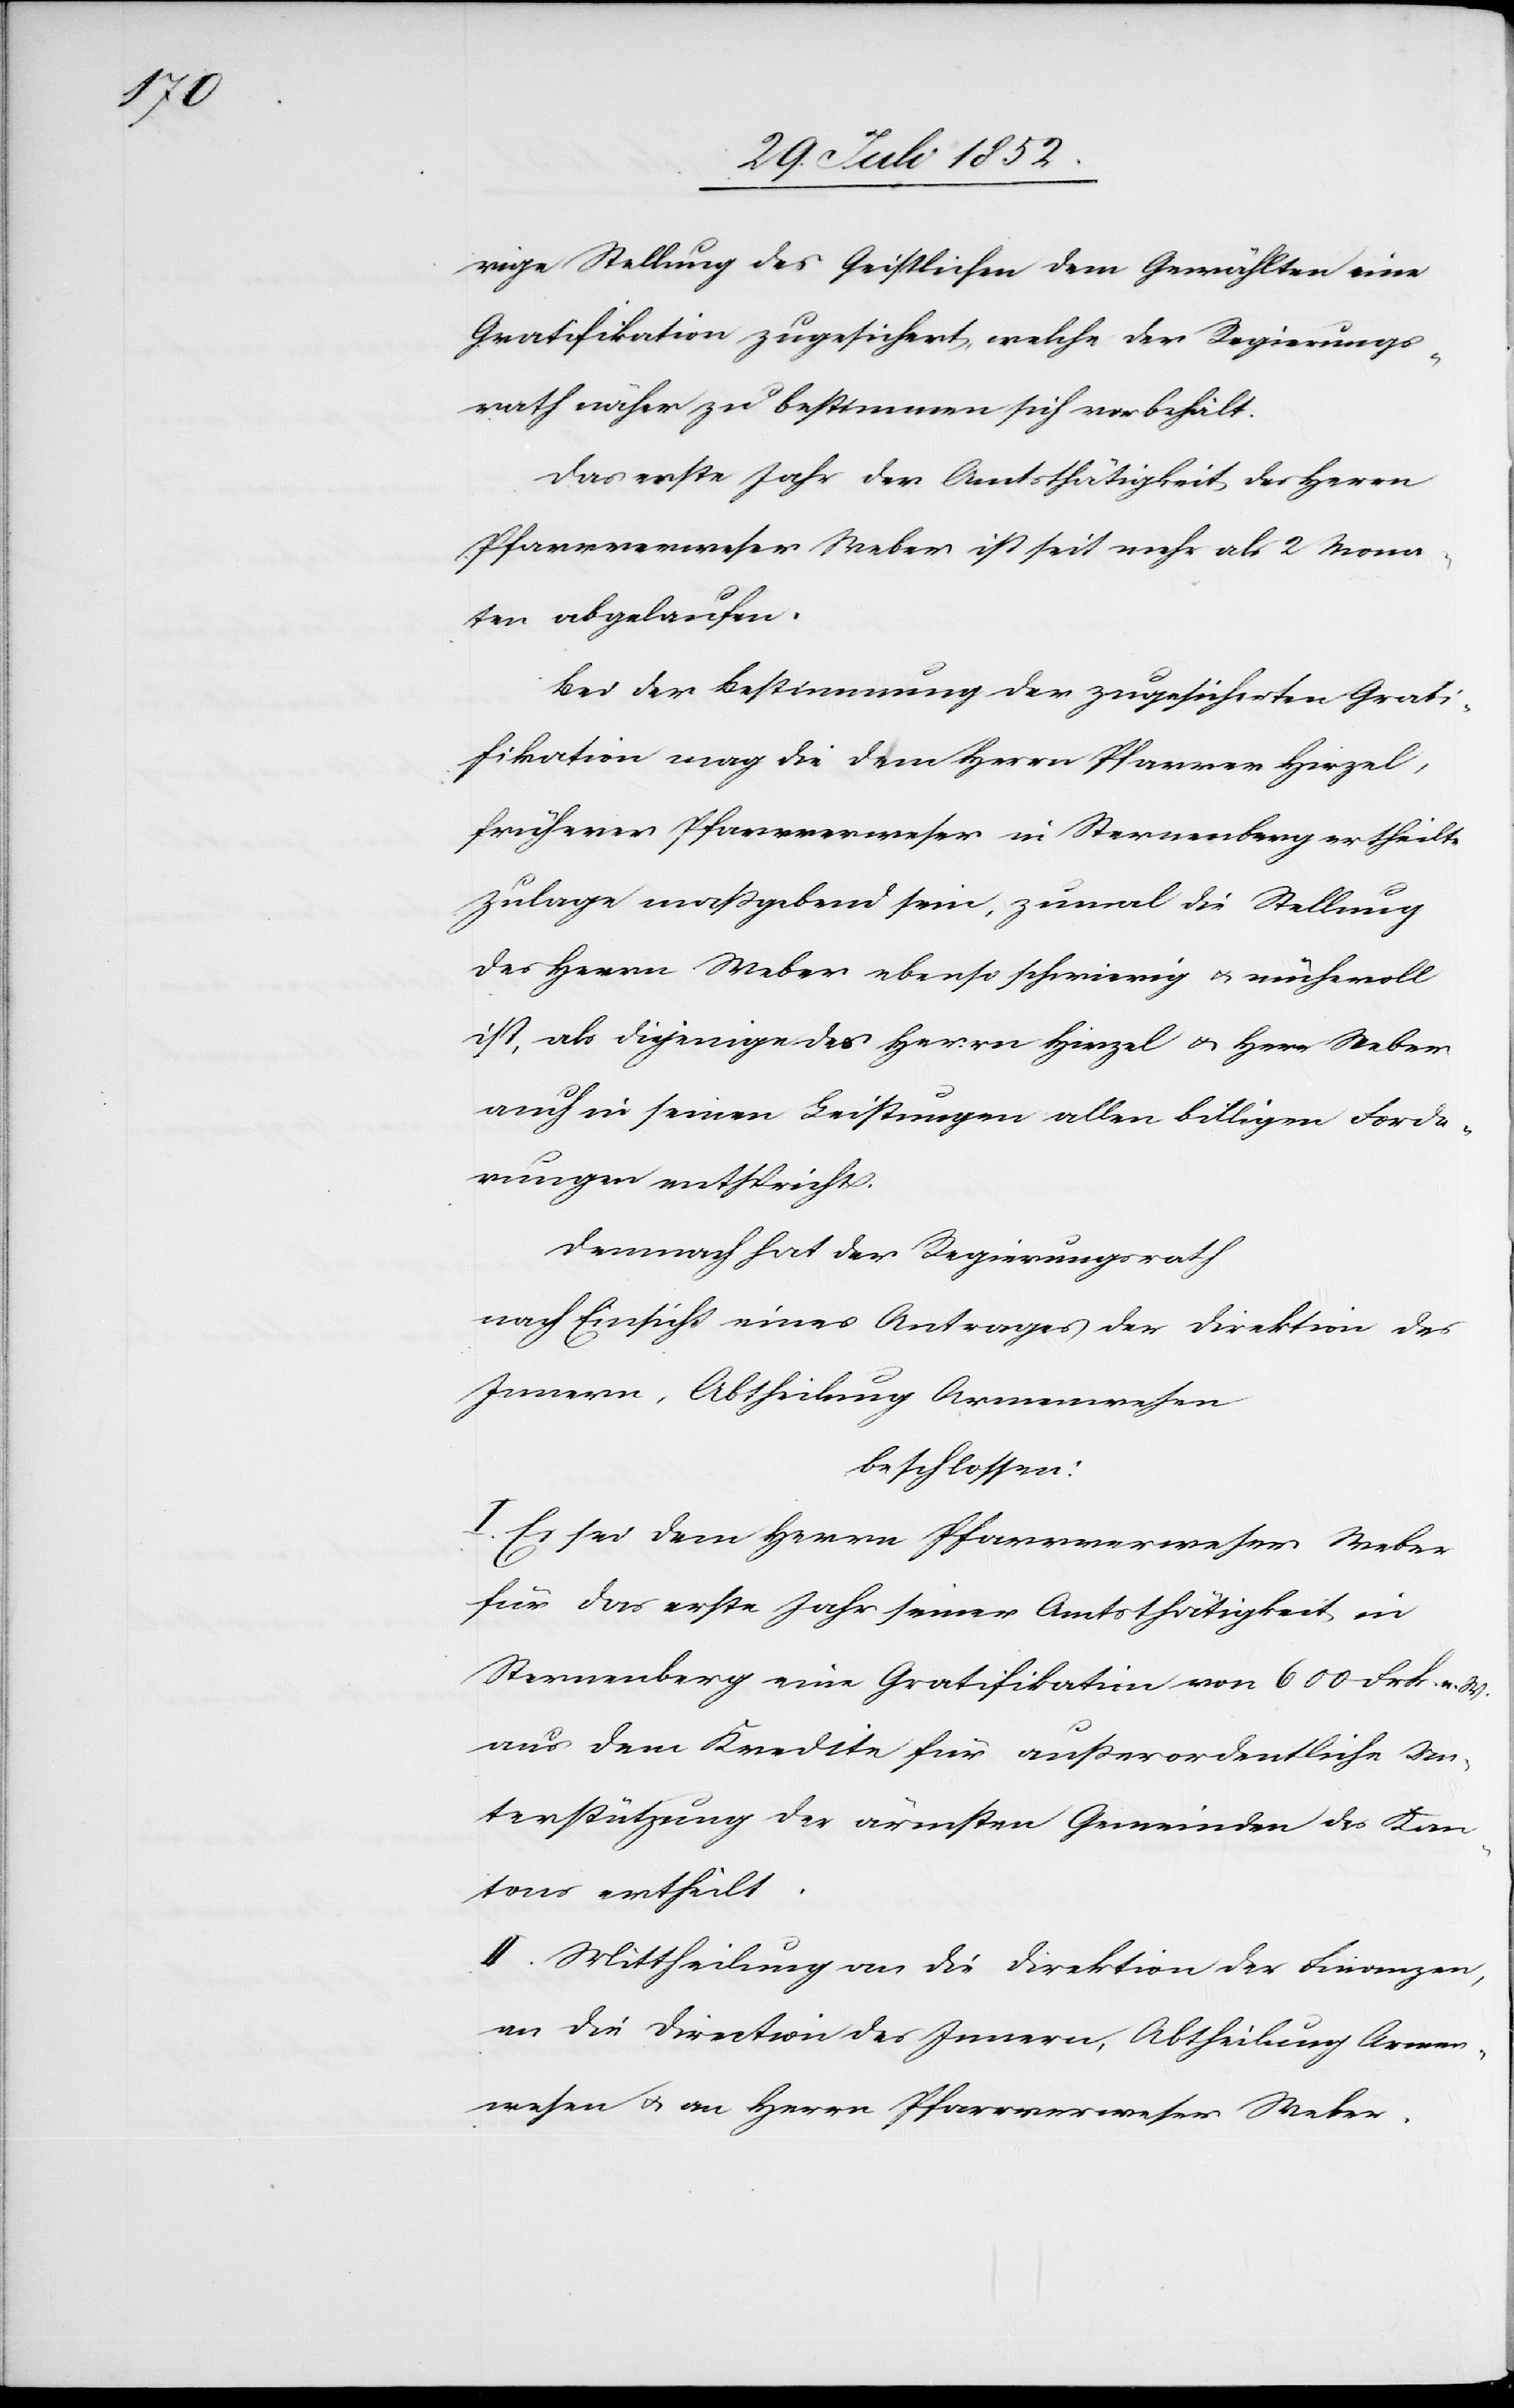
rige Stellung des Geistlichen dem Gewählten eine
Gratifikation zugesichert, welche der Regierungs¬
rath näher zu bestimmen sich vorbehält.
Das erste Jahr der Amtsthätigkeit des Herrn
Pfarrverweser Weber ist seit mehr als 2 Mona¬
ten abgelaufen.
Bei der Bestimmung der zugesicherten Grati¬
fikation mag die dem Herrn Pfarrer Hirzel,
früherer Pfarrverweser in Sternenberg ertheilte
Zulage maßgebend sein, zumal die Stellung
des Herrn Weber ebenso schwierig & mühevoll
ist, als diejenige des Herrn Hirzel & Herr Weber
auch in seinen Leistungen allen billigen Forde¬
rungen entspricht.
Demnach hat der Regierungsrath
nach Einsicht eines Antrages der Direktion des
Innern, Abtheilung Armenwesen
beschlossen:
I. Es sei dem Herrn Pfarrverweser Weber
für das erste Jahr seiner Amtsthätigkeit in
Sternenberg eine Gratifikation von 600 Frk. n. W.
aus dem Kredite für außerordentliche Un¬
terstützung der ärmsten Gemeinden des Kan¬
tons ertheilt.
II. Mittheilung an die Direktion der Finanzen,
an die Direction des Innern, Abtheilung Armen¬
wesen & an Herrn Pfarrverweser Weber.